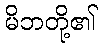
မိဘတို့၏